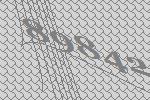
89842